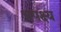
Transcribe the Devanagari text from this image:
अपक्ष्य